Indian Civil Veterinary Department memoirs
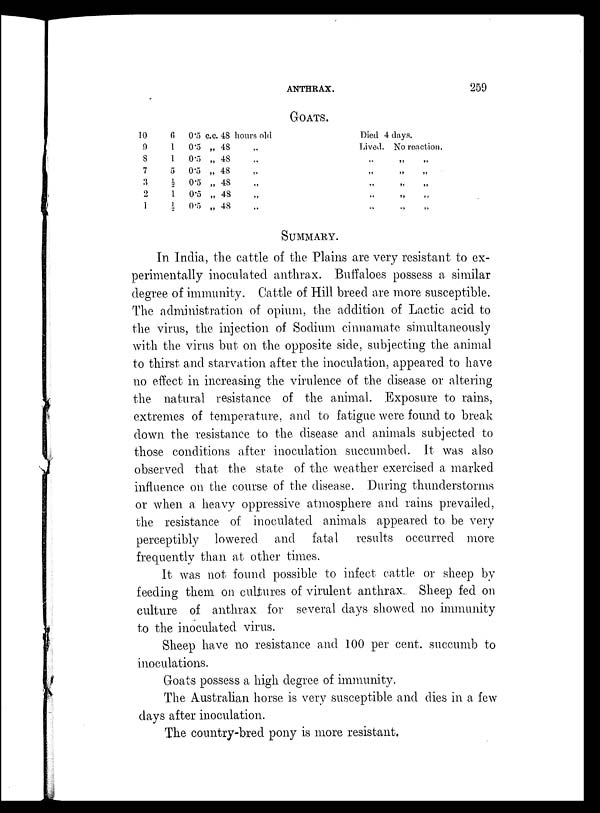
ANTHRAX.
259
GOATS.
10
9
8
7
3
2
1
6
1
1
5
½
1
½
0.5
0.5
0.5
0.5
0.5
0.5
0.5
c.c. 48
„ 48
„ 48
„ 48
„ 48
„ 48
„ 48
hours old
„
„
„
„
„
„
Died 4 days.
Lived. No reaction.
„ „ „
„ „ „
„ „ „
„ „ „
„ „ „
SUMMARY.
In India, the cattle of the Plains are very resistant to ex-
perimentally inoculated anthrax. Buffaloes possess a similar
degree of immunity. Cattle of Hill breed are more susceptible.
The administration of opium, the addition of Lactic acid to
the virus, the injection of Sodium cinnamate simultaneously
with the virus but on the opposite side, subjecting the animal
to thirst and starvation after the inoculation, appeared to have
no effect in increasing the virulence of the disease or altering
the natural resistance of the animal. Exposure to rains,
extremes of temperature, and to fatigue were found to break
down the resistance to the disease and animals subjected to
those conditions after inoculation succumbed. It was also
observed that the state of the weather exercised a marked
influence on the course of the disease. During thunderstorms
or when a heavy oppressive atmosphere and rains prevailed,
the resistance of inoculated animals appeared to be very
perceptibly lowered and fatal results occurred more
frequently than at other times.
It was not found possible to infect cattle or sheep by
feeding them on cultures of virulent anthrax. Sheep fed on
culture of anthrax for several days showed no immunity
to the inoculated virus.
Sheep have no resistance and 100 per cent, succumb to
inoculations.
Goats possess a high degree of immunity.
The Australian horse is very susceptible and dies in a few
days after inoculation.
The country-bred pony is more resistant.